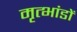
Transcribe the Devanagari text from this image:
मृत्भांडों